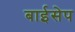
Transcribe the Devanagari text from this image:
बाईसेप